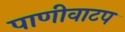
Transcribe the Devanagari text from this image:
पाणीवाटप